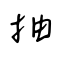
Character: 抽